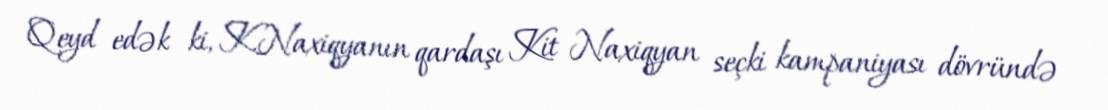
Qeyd edək ki, K.Naxiqyanın qardaşı Kit Naxiqyan seçki kampaniyası dövründə